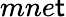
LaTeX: mne\mathsf{t}